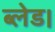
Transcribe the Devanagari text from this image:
ब्लेड।